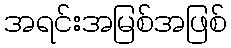
အရင်းအမြစ်အဖြစ်